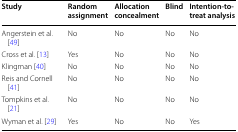
| Study | Random assignment | Allocation concealment | Blind | Intention-to-treat analysis |
 | --- | --- | --- | --- | --- |
 | Angerstein et al. [49] | No | No | No | No |
 | Cross et al. [13] | Yes | No | No | No |
 | Klingman [40] | No | No | No | No |
 | Reis and Cornell [41] | No | No | No | No |
 | Tompkins et al. [21] | No | No | No | No |
 | Wyman et al. [29] | Yes | No | No | Yes |